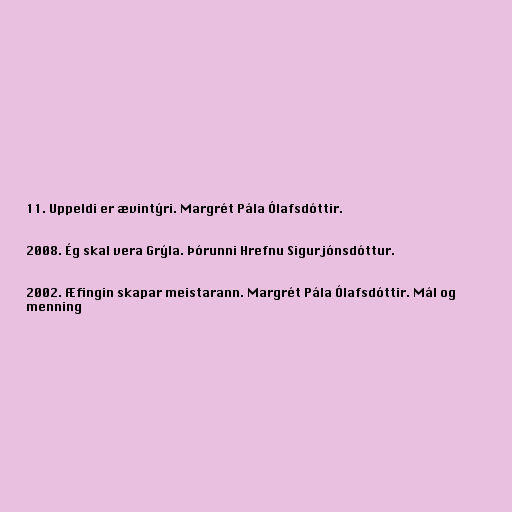
11. Uppeldi er ævintýri. Margrét Pála Ólafsdóttir.

2008. Ég skal vera Grýla. Þórunni Hrefnu Sigurjónsdóttur.

2002. Æfingin skapar meistarann. Margrét Pála Ólafsdóttir. Mál og
menning